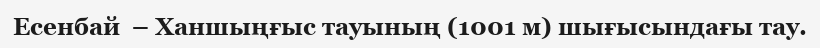
Есенбай  – Ханшыңғыс тауының (1001 м) шығысындағы тау.